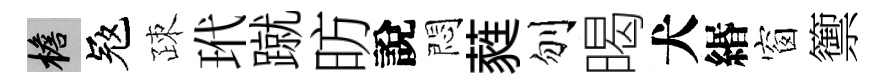
檐冦疎玳蹴昉說悶蕤刎暍犬緡窗籞